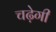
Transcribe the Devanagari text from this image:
चढ़ेगी